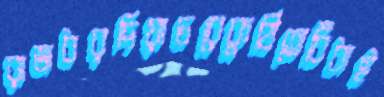
রাজধরদিয়াচরেকুঠিতেবিঁধাই